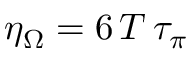
\eta _ { \Omega } = 6 \, T \, \tau _ { \pi }